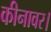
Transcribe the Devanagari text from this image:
कीनावर।